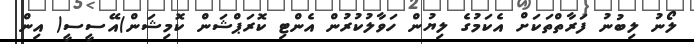
ލޯނު ލިބުނު ފަރާތްތަކަށް އެކަމުގެ ލިޔުން ހަވާލުކުރުން އެންޓި ކޮރަޕްޝަން ކޮމިޝަން)އޭސީސީ( އިން